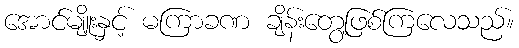
အောင်မျိူးနှင့် မကြာခဏ ချိန်းတွေ့ဖြစ်ကြလေသည်။